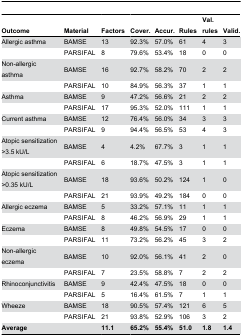
<table><thead><tr><td><b>Outcome</b></td><td><b>Material</b></td><td><b>Factors</b></td><td><b>Cover.</b></td><td><b>Accur.</b></td><td><b>Rules</b></td><td><b>Val. rules</b></td><td><b>Valid.</b></td></tr></thead><tbody><tr><td>Allergic asthma</td><td>BAMSE</td><td>13</td><td>92.3%</td><td>57.0%</td><td>61</td><td>4</td><td>3</td></tr><tr><td></td><td>PARSIFAL</td><td>8</td><td>79.6%</td><td>53.4%</td><td>18</td><td>0</td><td>0</td></tr><tr><td>Non-allergic asthma</td><td>BAMSE</td><td>16</td><td>92.7%</td><td>58.2%</td><td>70</td><td>2</td><td>2</td></tr><tr><td></td><td>PARSIFAL</td><td>10</td><td>84.9%</td><td>56.3%</td><td>37</td><td>1</td><td>1</td></tr><tr><td>Asthma</td><td>BAMSE</td><td>9</td><td>47.2%</td><td>56.6%</td><td>21</td><td>2</td><td>2</td></tr><tr><td></td><td>PARSIFAL</td><td>17</td><td>95.3%</td><td>52.0%</td><td>111</td><td>1</td><td>1</td></tr><tr><td>Current asthma</td><td>BAMSE</td><td>12</td><td>76.4%</td><td>56.0%</td><td>34</td><td>3</td><td>3</td></tr><tr><td></td><td>PARSIFAL</td><td>9</td><td>94.4%</td><td>56.5%</td><td>53</td><td>4</td><td>3</td></tr><tr><td>Atopic sensitization &gt;3.5 kU/L</td><td>BAMSE</td><td>4</td><td>4.2%</td><td>67.7%</td><td>3</td><td>1</td><td>1</td></tr><tr><td></td><td>PARSIFAL</td><td>6</td><td>18.7%</td><td>47.5%</td><td>3</td><td>1</td><td>1</td></tr><tr><td>Atopic sensitization &gt;0.35 kU/L</td><td>BAMSE</td><td>18</td><td>93.6%</td><td>50.2%</td><td>124</td><td>1</td><td>0</td></tr><tr><td></td><td>PARSIFAL</td><td>21</td><td>93.9%</td><td>49.2%</td><td>184</td><td>0</td><td>0</td></tr><tr><td>Allergic eczema</td><td>BAMSE</td><td>5</td><td>33.2%</td><td>57.1%</td><td>11</td><td>1</td><td>1</td></tr><tr><td></td><td>PARSIFAL</td><td>8</td><td>46.2%</td><td>56.9%</td><td>29</td><td>1</td><td>1</td></tr><tr><td>Eczema</td><td>BAMSE</td><td>8</td><td>49.8%</td><td>54.5%</td><td>17</td><td>0</td><td>0</td></tr><tr><td></td><td>PARSIFAL</td><td>11</td><td>73.2%</td><td>56.2%</td><td>45</td><td>3</td><td>2</td></tr><tr><td>Non-allergic eczema</td><td>BAMSE</td><td>10</td><td>92.0%</td><td>56.1%</td><td>41</td><td>2</td><td>0</td></tr><tr><td></td><td>PARSIFAL</td><td>7</td><td>23.5%</td><td>58.8%</td><td>7</td><td>2</td><td>2</td></tr><tr><td>Rhinoconjunctivitis</td><td>BAMSE</td><td>9</td><td>42.4%</td><td>47.5%</td><td>18</td><td>0</td><td>0</td></tr><tr><td></td><td>PARSIFAL</td><td>5</td><td>16.4%</td><td>61.5%</td><td>7</td><td>1</td><td>1</td></tr><tr><td>Wheeze</td><td>BAMSE</td><td>18</td><td>90.5%</td><td>57.4%</td><td>121</td><td>6</td><td>5</td></tr><tr><td></td><td>PARSIFAL</td><td>21</td><td>93.8%</td><td>52.9%</td><td>106</td><td>3</td><td>2</td></tr><tr><td><b>Average</b></td><td></td><td><b>11.1</b></td><td><b>65.2%</b></td><td><b>55.4%</b></td><td><b>51.0</b></td><td><b>1.8</b></td><td><b>1.4</b></td></tr></tbody></table>